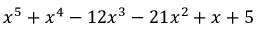
x ^ { 5 } + x ^ { 4 } - 1 2 x ^ { 3 } - 2 1 x ^ { 2 } + x + 5